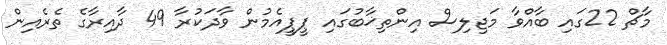
މާޗް 22ގައި ބާއްވާ މަޖިލިސް އިންތިޚާބުގައި ޕީޕީއެމުން ވާދަކުރާ 49 ދާއިރާގެ ތެރެއިން